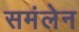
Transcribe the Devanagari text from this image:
समंलेन